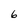
Character: 6